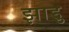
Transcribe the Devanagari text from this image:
झाड़ु